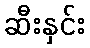
ဆီးနှင်း